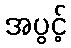
အပွင့်